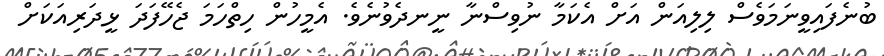
ބުނެފައިވީނަމަވެސް ލިލިއަން އަށް އެކަމާ ނުވިސްނާ ނީނދެވުނެވެ. އެމީހުން ހިތްހަމަ ޖެހޭފަދަ ޅީދަރިއަކަށް